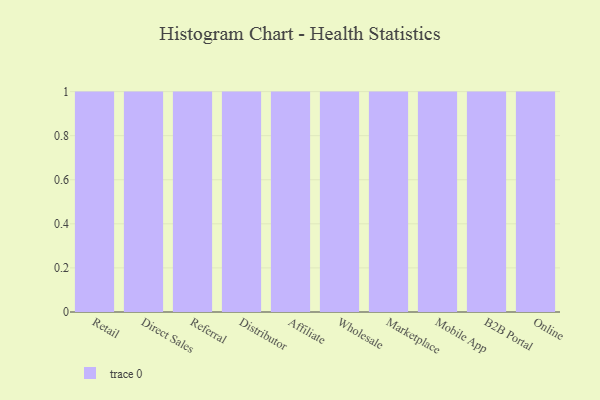
{"axis": {"x": "Channel", "y": "Revenue (USD Million)"}, "legend": [""], "data": [{"x": "Retail", "y": 33, "type": ""}, {"x": "Direct Sales", "y": 8, "type": ""}, {"x": "Referral", "y": 90, "type": ""}, {"x": "Distributor", "y": 78, "type": ""}, {"x": "Affiliate", "y": 23, "type": ""}, {"x": "Wholesale", "y": 40, "type": ""}, {"x": "Marketplace", "y": 97, "type": ""}, {"x": "Mobile App", "y": 23, "type": ""}, {"x": "B2B Portal", "y": 25, "type": ""}, {"x": "Online", "y": 47, "type": ""}]}